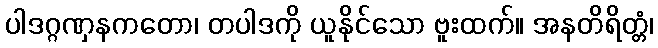
ပါဒဂ္ဂဏှနကတော၊ တပါဒကို ယူနိုင်သော ဗူးထက်။ အနတိရိတ္တံ၊